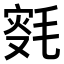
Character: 𣮸